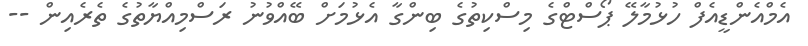
އެމްއެންޑީއެފް ހުޅުމާލޭ ޕޯސްޓްގެ މިސްކިތުގެ ބިންގާ އެޅުމަށް ބޭއްވުނު ރަސްމިއްޔާތުގެ ތެރެއިން --